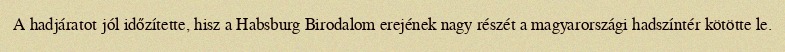
A hadjáratot jól időzítette, hisz a Habsburg Birodalom erejének nagy részét a magyarországi hadszíntér kötötte le.